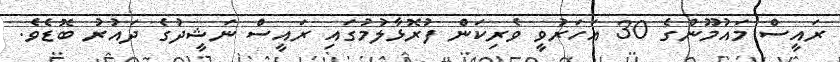
ރައީސް މައުމޫންގެ 30 އަހަރުވީ ވެރިކަން ފުރޮޅާލުމުގައި ރައީސް ނަޝީދުގެ ދައުރު ބޮޑެވެ.